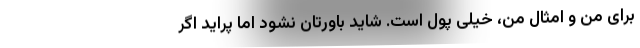
برای من و امثال من، خیلی پول است. شاید باورتان نشود اما پراید اگر